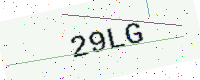
Text: 29LG